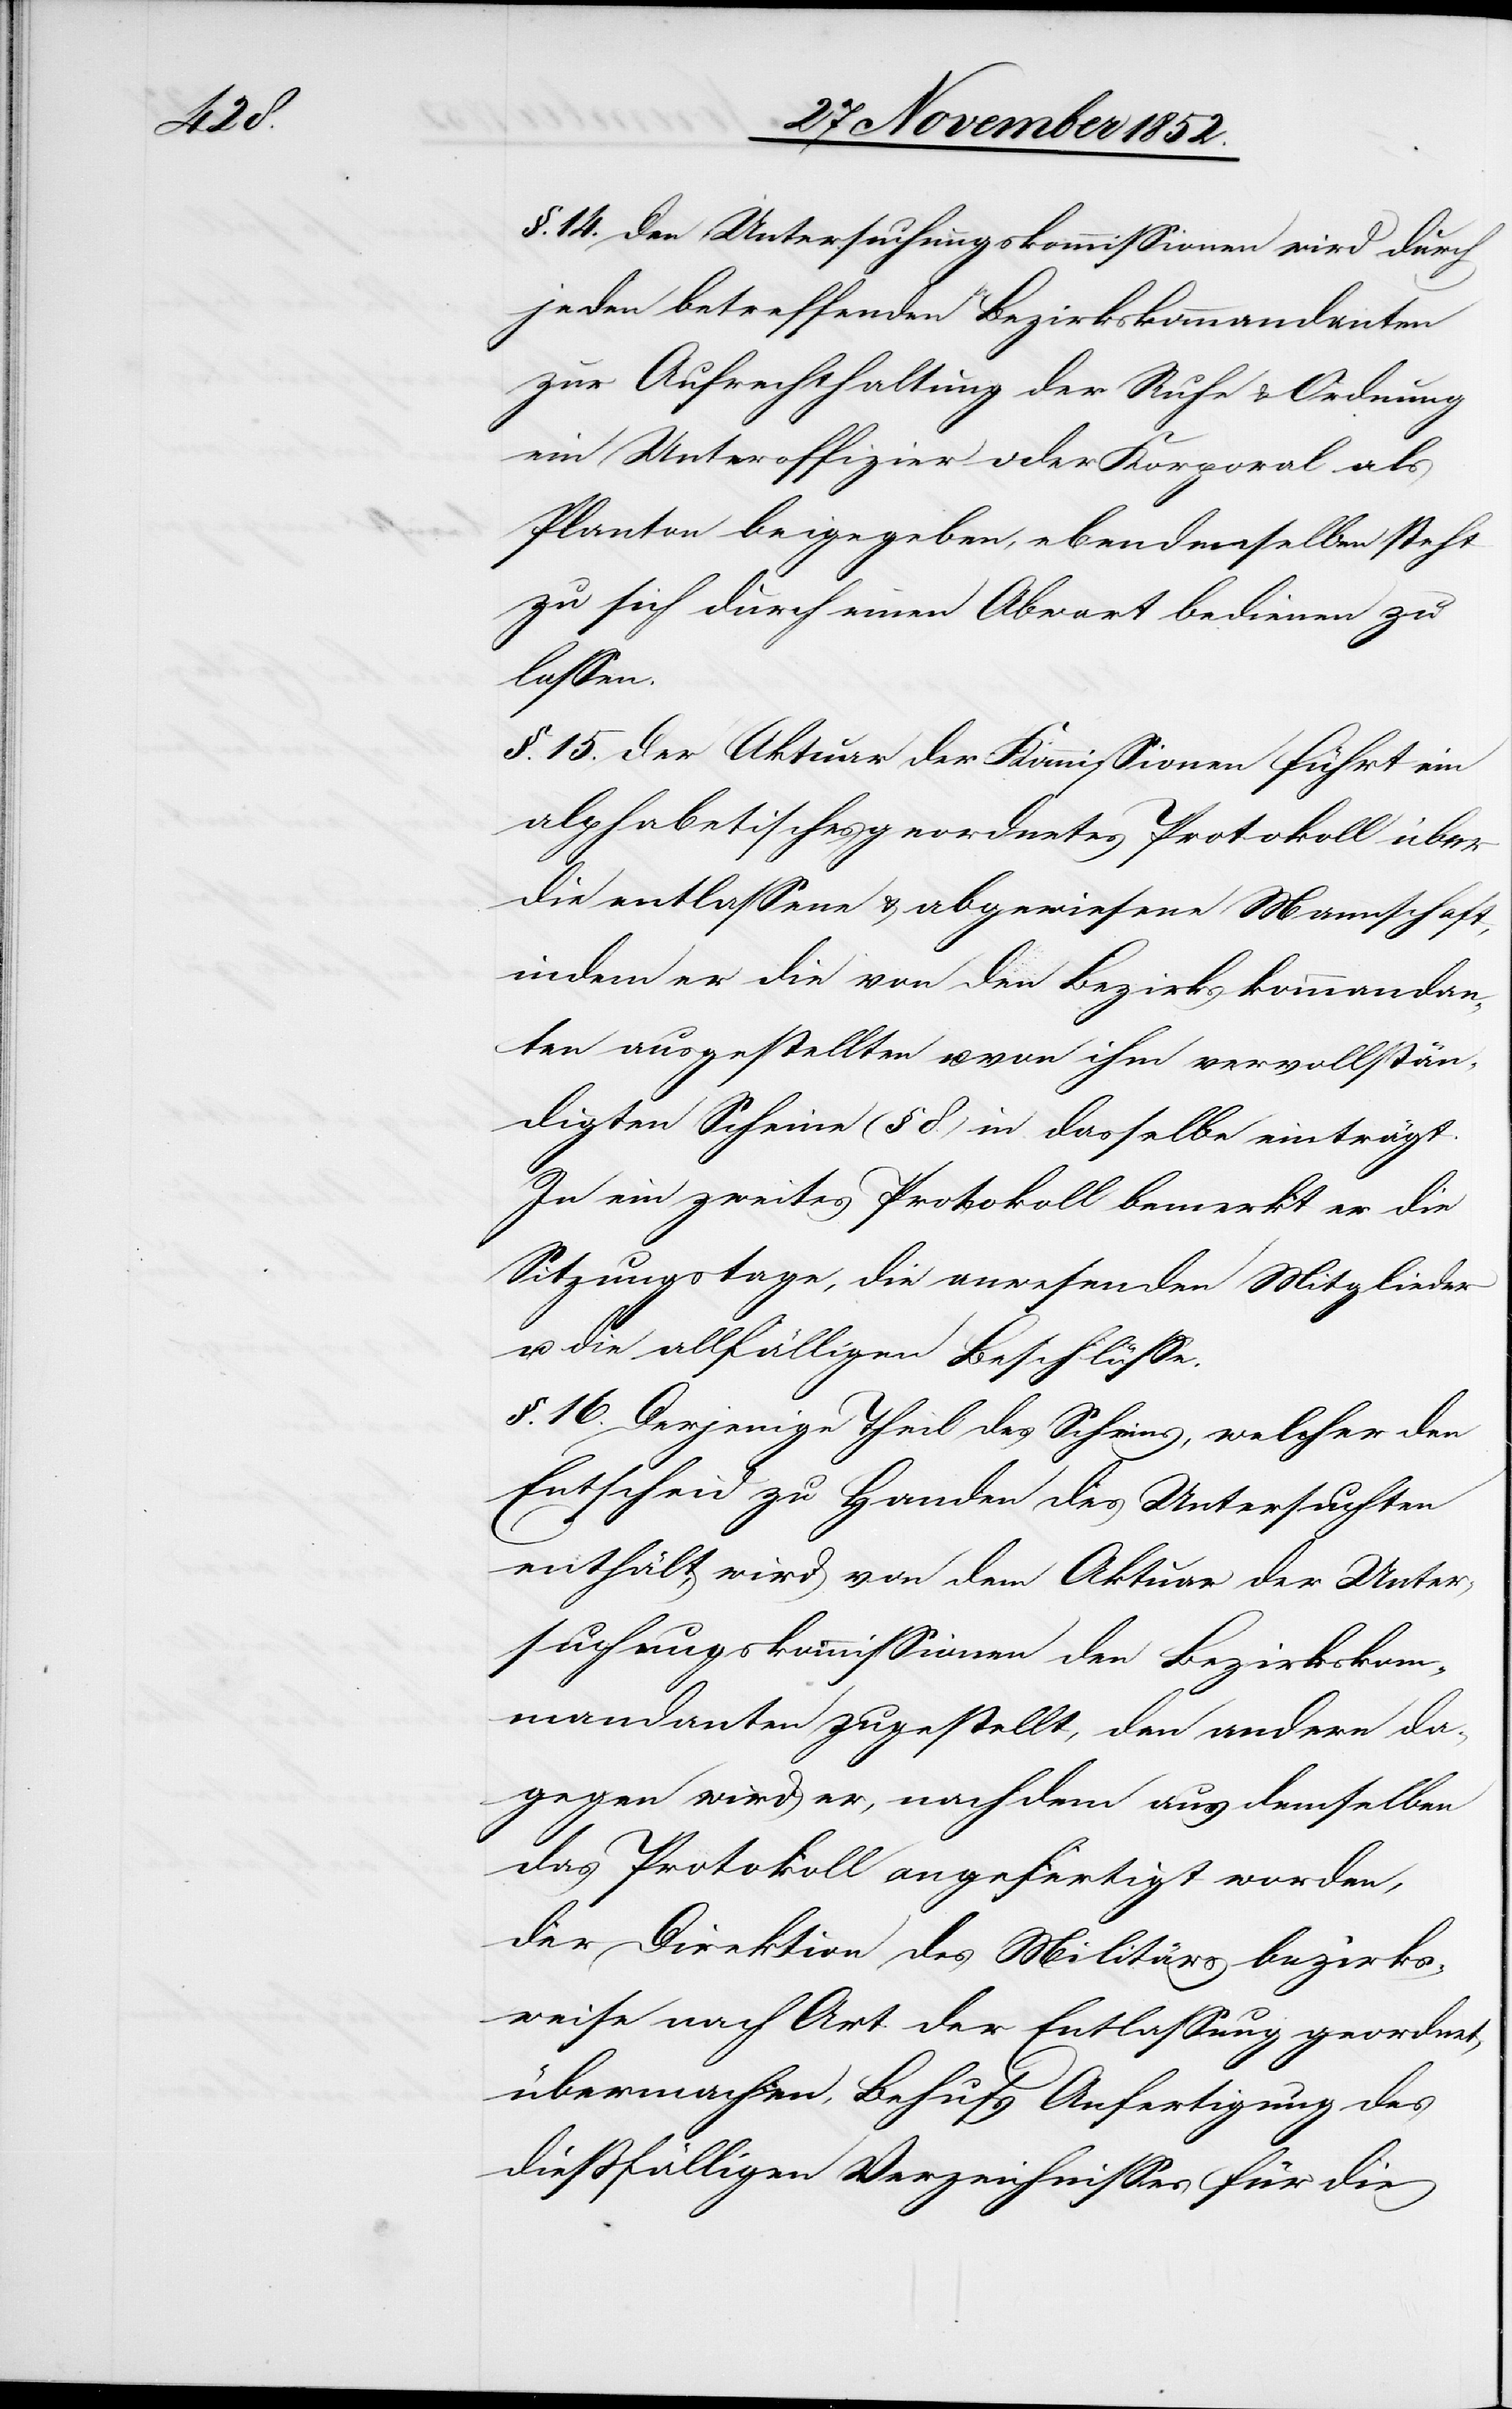
§. 14. Den Untersuchungskommissionen wird durch
jeden betreffenden Bezirkskommandanten
zur Aufrechthaltung der Ruhe & Ordnung
ein Unteroffizier oder Korporal als
Planton beigegeben, ebendenselben steht
zu sich durch einen Abwart bedienen zu
lassen.
§. 15. Der Aktuar der Kommissionen führt ein
alphabetisches geordnetes Protokoll über
die entlassene & abgewiesene Mannschaft,
indem er die von den Bezirkskommandan¬
ten ausgestellten u. von ihm vervollstän¬
digten Scheine (§ 8.) in dasselbe einträgt.
In ein zweites Protokoll bemerkt er die
Sitzungstage, die anwesenden Mitglieder
u. die allfälligen Beschlüsse.
§. 16. Derjenige Theil des Scheins, welcher den
Entscheid zu Handen des Untersuchten
enthält, wird von dem Aktuar der Unter¬
suchungskommissionen den Bezirkskom¬
mandanten zugestellt, den andern da¬
gegen wird er, nachdem aus demselben
das Protokoll angefertigt worden,
der Direktion des Militärs bezirks¬
weise nach Art der Entlassung geordnet
übermachen, Behufs Anfertigung des
dießfälligen Verzeichnisses für die